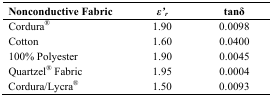
| Nonconductive Fabric | ε′r | tanδ |
 | --- | --- | --- |
 | Cordura® | 1.90 | 0.0098 |
 | Cotton | 1.60 | 0.0400 |
 | 100% Polyester | 1.90 | 0.0045 |
 | Quartzel® Fabric | 1.95 | 0.0004 |
 | Cordura/Lycra® | 1.50 | 0.0093 |